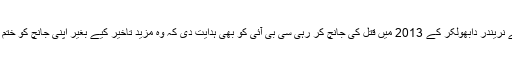
بنچ نے نریندر دابھولکر کے 2013 میں قتل کی جانچ کر رہی سی بی آئی کو بھی ہدایت دی کہ وہ مزید تاخیر کیے بغیر اپنی جانچ کو ختم کرے۔